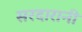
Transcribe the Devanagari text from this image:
सरदारानी